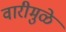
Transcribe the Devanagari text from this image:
वारीमुळे